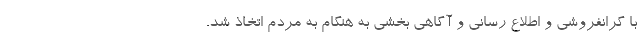
با گرانفروشی و اطلاع رسانی و آگاهی بخشی به هنگام به مردم اتخاذ شد.